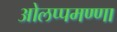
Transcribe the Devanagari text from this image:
ओलप्पमण्णा